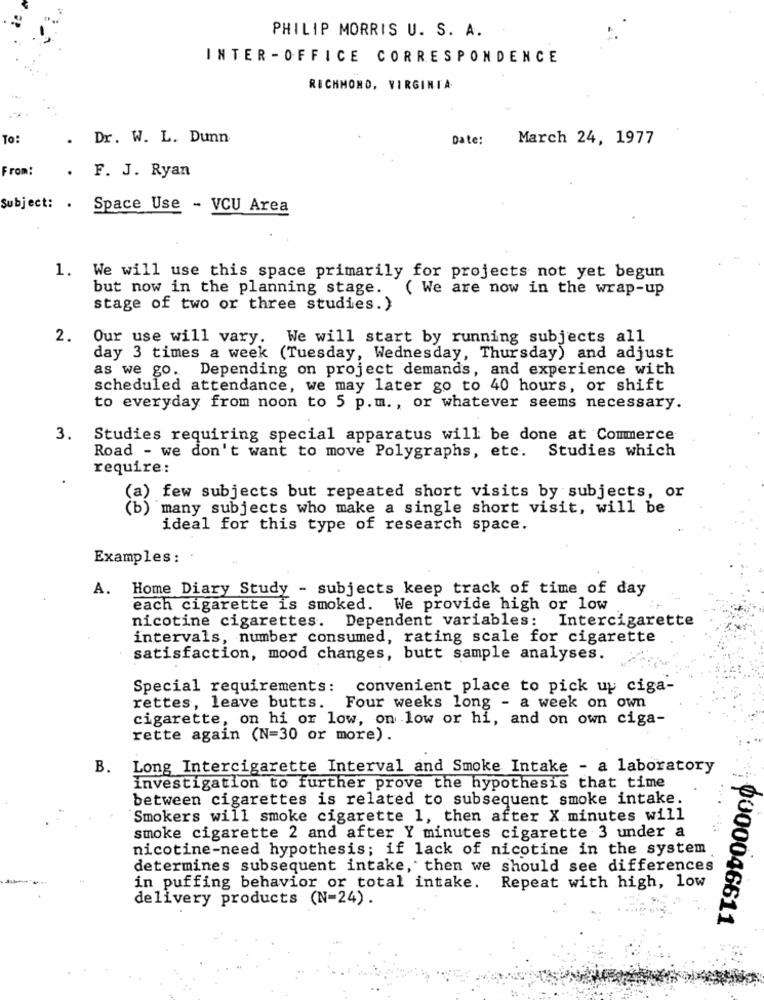
PHILIP MORRIS U. S. A.
INTER -OFFICE CORRESPONDENCE
RICHMOND, VIRGINIA
To:
Dr. W. L. Dunn
Date:
March 24, 1977
From:
. F. J. Ryan
Subject: . Space Use - VCU Area
1. We will use this space primarily for projects not yet begun
but now in the planning stage. ( We are now in the wrap-up
stage of two or three studies.}
2. Our use will vary. We will start by running subjects all
day 3 times a week (Tuesday, Wednesday, Thursday) and adjust
as we go. Depending on project demands, and experience with
scheduled attendance, we may later go to 40 hours, or shift
to everyday from noon to 5 p.m ., or whatever seems necessary.
3. Studies requiring special apparatus will be done at Commerce
Road - we don't want to move Polygraphs, etc. Studies which
require:
(a) few subjects but repeated short visits by subjects, or
(b) many subjects who make a single short visit, will be
ideal for this type of research space.
Examples :
A.
Home Diary Study - subjects keep track of time of day
each cigarette is smoked. We provide high or low
nicotine cigarettes. Dependent variables: Intercigarette
intervals, number consumed, rating scale for cigarette
satisfaction, mood changes, butt sample analyses.
Special requirements: convenient place to pick up ciga-
rettes, leave butts. Four weeks long - a week on own
cigarette, on hi or low, on low or hi, and on own ciga-
rette again (N=30 or more).
B.
Long Intercigarette Interval and Smoke Intake - a laboratory
investigation to further prove the hypothesis that time
between cigarettes is related to subsequent smoke intake.
Smokers will smoke cigarette 1, then after X minutes will
smoke cigarette 2 and after Y minutes cigarette 3 under a
nicotine-need hypothesis; if lack of nicotine in the system
determines subsequent intake, then we should see differences
in puffing behavior or total intake.
Repeat with high, low
delivery products (N=24).
0000046611